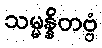
သမ္မန္နိတဗ္ဗံ